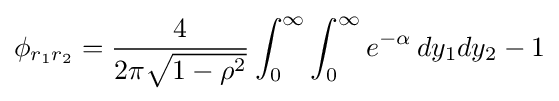
\phi _{r_{1}r_{2}}={\frac {4}{2\pi {\sqrt {1-\rho ^{2}}}}}\int _{0}^{\infty }\int _{0}^{\infty }e^{-\alpha }\,dy_{1}dy_{2}-1